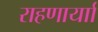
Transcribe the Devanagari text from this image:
राहणार्याा